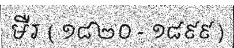
មឺរ ( ១៨២០ - ១៨៩៩ )